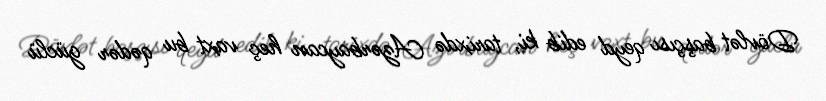
Dövlət başçısı qeyd edib ki, tarixdə Azərbaycan heç vaxt bu qədər güclü